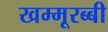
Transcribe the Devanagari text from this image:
खम्मूरब्बी